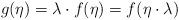
LaTeX: \begin{align*}g(\eta)=\lambda \cdot f(\eta)=f(\eta\cdot\lambda) \end{align*}